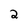
Character: 2